Scottish Certificate of Education, 1963
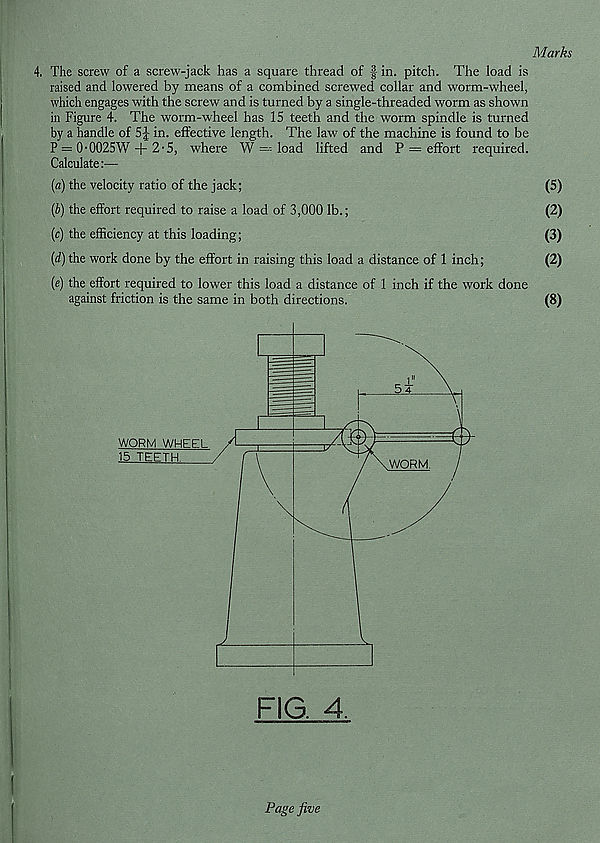
Marks
4. The screw of a screw-jack has a square thread of § in. pitch. The load is
raised and lowered by means of a combined screwed collar and worm-wheel,
which engages with the screw and is turned by a single-threaded worm as shown
in Figure 4. The worm-wheel has 15 teeth and the worm spindle is turned
by a handle of 5J in. effective length. The law of the machine is found to be
P = 0-0025W + 2-5, where W = load lifted and P = effort required.
Calculate:—
(a) the velocity ratio of the jack;
(5)
(b) the effort required to raise a load of 3,000 lb.;
(2)
(c) the efficiency at this loading;
(3)
(d) the work done by the effort in raising this load a distance of 1 inch;
(2)
(e) the effort required to lower this load a distance of 1 inch if the work done
against friction is the same in both directions.
(8)
Page five